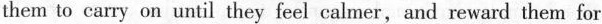
them to carry on until they feel calmer, and reward them for